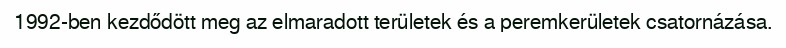
1992-ben kezdődött meg az elmaradott területek és a peremkerületek csatornázása.